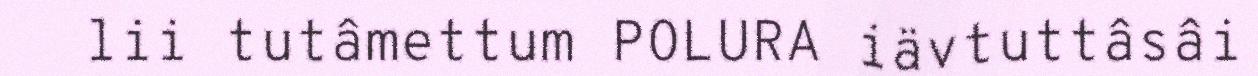
lii tutâmettum POLURA iävtuttâsâi